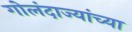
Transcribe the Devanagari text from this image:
गोलंदाज्यांच्या